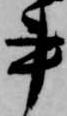
書